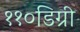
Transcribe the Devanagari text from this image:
११०डिग्री